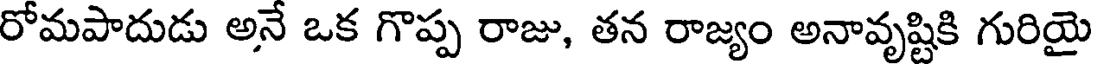
రోమపాదుడు అనే ఒక గొప్ప రాజు, తన రాజ్యం అనావృష్టికి గురియై